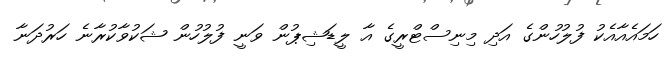
ހަމައެއާއެކު ފުލުހުންގެ އަދި މިނިސްޓްރީގެ އާ ލީޑަޝިޕުން ވަނީ ފުލުހުން ޝަކުވާކުރާނެ ހަރުދަނާ